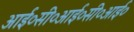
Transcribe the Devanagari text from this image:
आई०सी०आई०सी०आई०